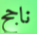
ناجح